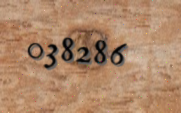
038286